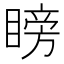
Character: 𥉣